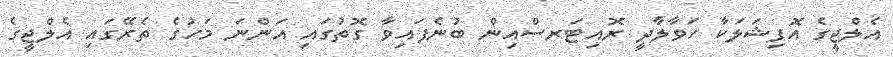
އެލްޖީގެ އޮފިޝަލަކާ ހަވާލާދީ ރޮއިޓަރސްއިން ބުނެފައިވާ ގޮތުގައި އަންނަ މަހުގެ ތެރޭގައި އެލްޖީގެ